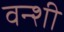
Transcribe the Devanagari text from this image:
वन्शी